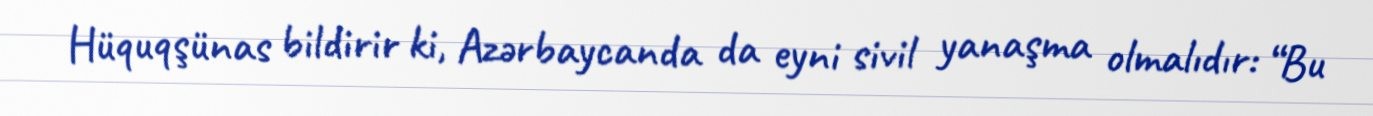
Hüquqşünas bildirir ki, Azərbaycanda da eyni sivil yanaşma olmalıdır: “Bu